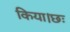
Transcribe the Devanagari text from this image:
किया।छः